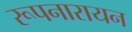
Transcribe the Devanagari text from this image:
रूपनारायन